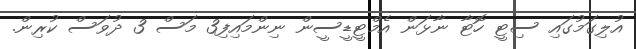
އުލިގަމުގައި ސިޓީ ހޮޓާ ނާޅަން އެމްޓީޑީސީން ނިންމައިފި3 މަސް 3 ދުވަސް ކުރިން.